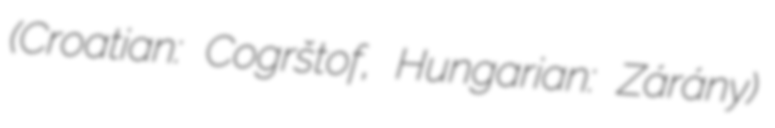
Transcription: (Croatian: Cogrštof, Hungarian: Zárány)